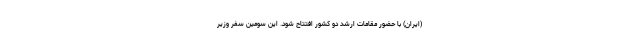
(ایران) با حضور مقامات ارشد دو کشور افتتاح شود. این سومین سفر وزیر